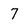
Character: 7